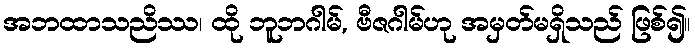
အဘထာသညိဿ၊ ထို ဘူဘဂါမ်, ဗီဇဂါမ်ဟု အမှတ်မရှိသည် ဖြစ်၍။